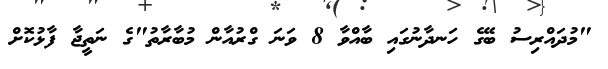
"މުދައްރިސު ބޭގެ ހަނދާނުގައި ބާއްވާ 8 ވަނަ ގްރުއާން މުބާރާތު"ގެ ނަތީޖާ ފާޅުކޮށް